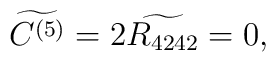
\widetilde{C^{(5)}} = 2 \widetilde{R_{4242}} =0,